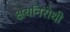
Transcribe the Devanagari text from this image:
क्षयनिरोधी